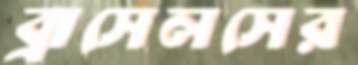
ব্রাসেলসের